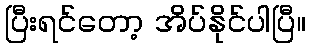
ပြီးရင်တော့ အိပ်နိုင်ပါပြီ။